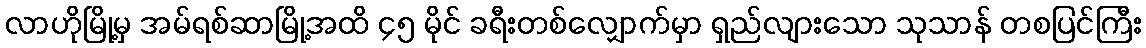
လာဟိုမြို့မှ အမ်ရစ်ဆာမြို့အထိ ၄၅ မိုင် ခရီးတစ်လျှောက်မှာ ရှည်လျားသော သုသာန် တစပြင်ကြီး